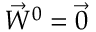
\vec { W } ^ { 0 } = \vec { 0 }